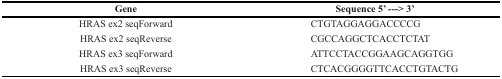
| Gene | Sequence 5′ ---> 3′ |
 | --- | --- |
 | HRAS ex2 seqForward | CTGTAGGAGGACCCCG |
 | HRAS ex2 seqReverse | CGCCAGGCTCACCTCTAT |
 | HRAS ex3 seqForward | ATTCCTACCGGAAGCAGGTGG |
 | HRAS ex3 seqReverse | CTCACGGGGTTCACCTGTACTG |